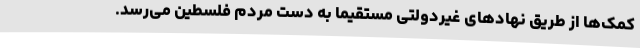
کمک‌ها از طریق نهادهای غیردولتی مستقیما به دست مردم فلسطین می‌رسد.